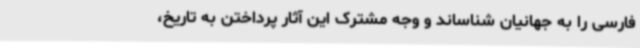
فارسی را به جهانیان شناساند و وجه مشترک این آثار پرداختن به تاریخ،